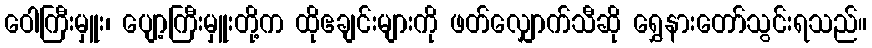
ဝေါကြီးမှူး၊ ပျော့ကြီးမှူးတို့က ထိုဧချင်းများကို ဖတ်လျှောက်သီဆို ရွှေနားတော်သွင်းရသည်။